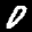
Label: 0